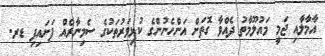
އާމާލާއި ޖަމީ މައުލޫމާތު ދެއްވާ ގޮތަށް އަންހެނުންގެ ކުޅިވަރުތަކުގެ ސެމިނާރެއް ފަށައިފި ޑރ.